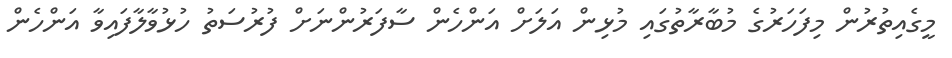
މީގެއިތުރުން މިފަހަރުގެ މުބާރާތުގައި މުޅިން އަލަށް އަންހެން ސާފަރުންނަށް ފުރުސަތު ހުޅުވާލާފައިވާ އަންހެން